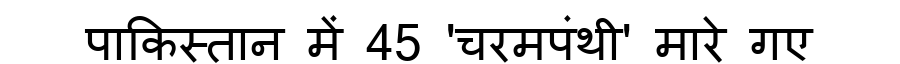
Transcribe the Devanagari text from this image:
पाकिस्तान में 45 'चरमपंथी' मारे गए